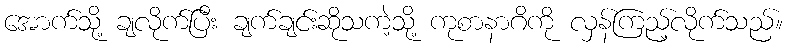
အောက်သို့ ချလိုက်ပြီး ချက်ချင်းဆိုသကဲ့သို့ ကုစာနာဂိကို လှန်ကြည့်လိုက်သည်။